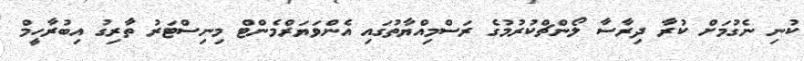
ކުނި ނެގުމަށް ކުރާ ދިރާސާ ލޯންޗްކުރުމުގެ ރަސްމިއްޔާތުގައި އެންވަޔަރްމެންޓް މިނިސްޓަރު ތާރިގު އިބުރާހީމް